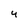
Character: 4